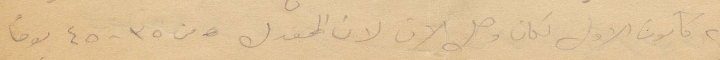
٢٢ كانون الأول لكان وصل الآن لان المعدل من ٣٥ - ٤٥ يومًا